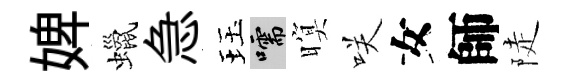
婢蠟急珏嚅暝咲女師陡